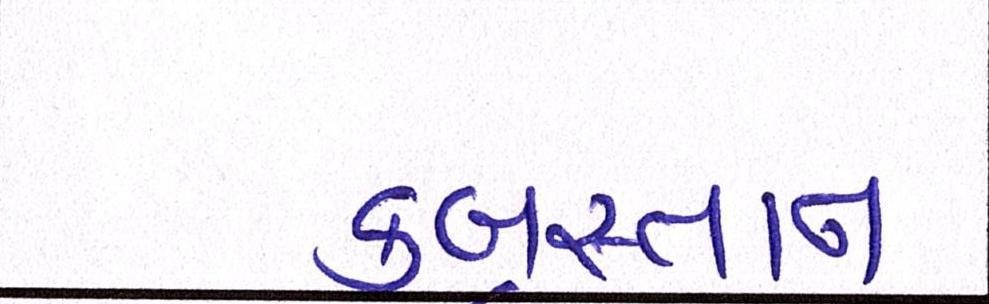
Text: કબ્રસ્તાન